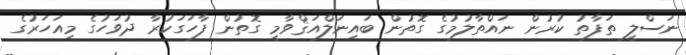
ނަސްލީ ތަފާތު ކުރުން ނައްތާލުމުގެ ގޮތުން ބައިނަލްއަޤްވާމީ ގޮތުން ފާހަގަކުރާ ދުވަހުގެ މިއަހަރުގެ